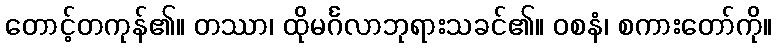
တောင့်တကုန်၏။ တဿာ၊ ထိုမင်္ဂလာဘုရားသခင်၏။ ဝစနံ၊ စကားတော်ကို။